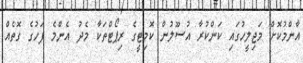
އާންމުކޮށް މަޖިލީހުގައި ކަންކުރާ އުސޫލުން ކޮމިޓީގެ ރިޕޯޓްތަކާ މެދު އެންމެ ފަހުގެ ގޮތެއް